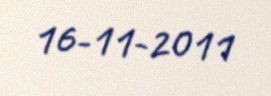
16-11-2011